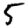
Digit: 5